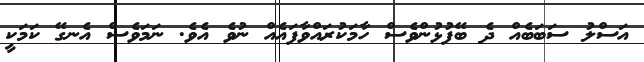
އަސްލު ސަބަބެއް ދެ ބޭފުޅުންވެސް ހާމަކުރައްވާފައެއް ނުވެ އެވެ. ނަމަވެސް އެނގޭ ކަމަކީ